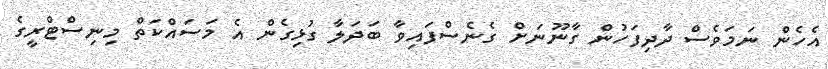
އެހެން ނަމަވެސް ދާދިފަހުން ގާނޫނަށް ގެނެސްފައިވާ ބަދަލާ ގުޅިގެން އެ މަސައްކަތް މިނިސްޓްރީގެ